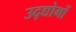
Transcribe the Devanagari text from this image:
उद्द्योगों